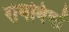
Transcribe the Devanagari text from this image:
रोगविषों